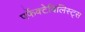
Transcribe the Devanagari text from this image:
पर्फेक्टेबिलिस्ट्स